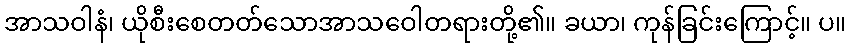
အာသဝါနံ၊ ယိုစီးစေတတ်သောအာသဝေါတရားတို့၏။ ခယာ၊ ကုန်ခြင်းကြောင့်။ ပ။